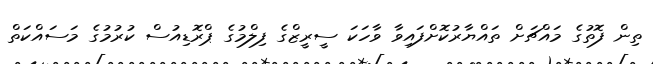
ތިން ފޮތުގެ މައްޗަށް ތައްޔާރުކޮށްފައިވާ ވާހަކަ ސީރީޒްގެ ފިލްމުގެ ޕްރޮޑިއުސް ކުރުމުގެ މަސައްކަތް